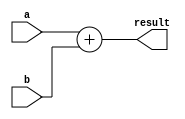
module adder32bit(input [31:0] a, input [31:0] b, output [32:0] result);

	assign result = a + b;

endmodule